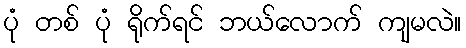
ပုံ တစ် ပုံ ရိုက်ရင် ဘယ်လောက် ကျမလဲ။